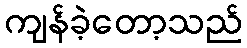
ကျန်ခဲ့တော့သည်